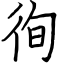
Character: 徇